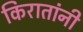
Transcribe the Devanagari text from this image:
किरातांनी